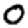
Digit: 0